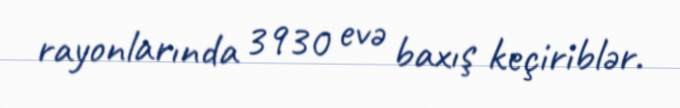
rayonlarında 3930 evə baxış keçiriblər.